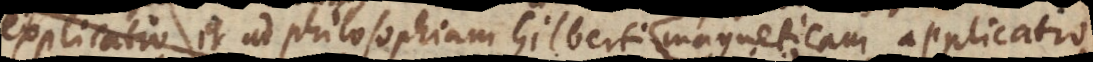
explicatio, et ad Philosophiam Gilberti magneticam applicatio;